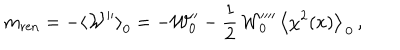
LaTeX: m _ { \mathrm { r e n } } = - \left\langle { \cal W } ^ { \prime \prime } \right\rangle _ { 0 } = - { \cal W } _ { 0 } ^ { \prime \prime } - \frac { 1 } { 2 } \, { \cal W } _ { 0 } ^ { \prime \prime \prime \prime } \, \left\langle \chi ^ { 2 } ( x ) \right\rangle _ { \, 0 } \, ,